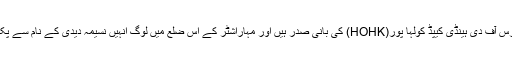
نسیمہ ہیلپرس آف دی ہینڈی کیپڈ کولہا پور(HOHK) کی بانی صدر ہیں اور مہاراشٹر کے اس ضلع میں لوگ انہیں نسیمہ دیدی کے نام سے پکارتے ہیں۔